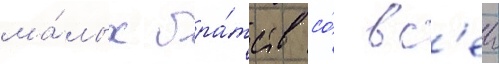
ма́лых бра́тств со́ вс'еи